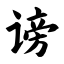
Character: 谤